Medical and sanitary report of the native army of Bengal for the year
Year: 1876
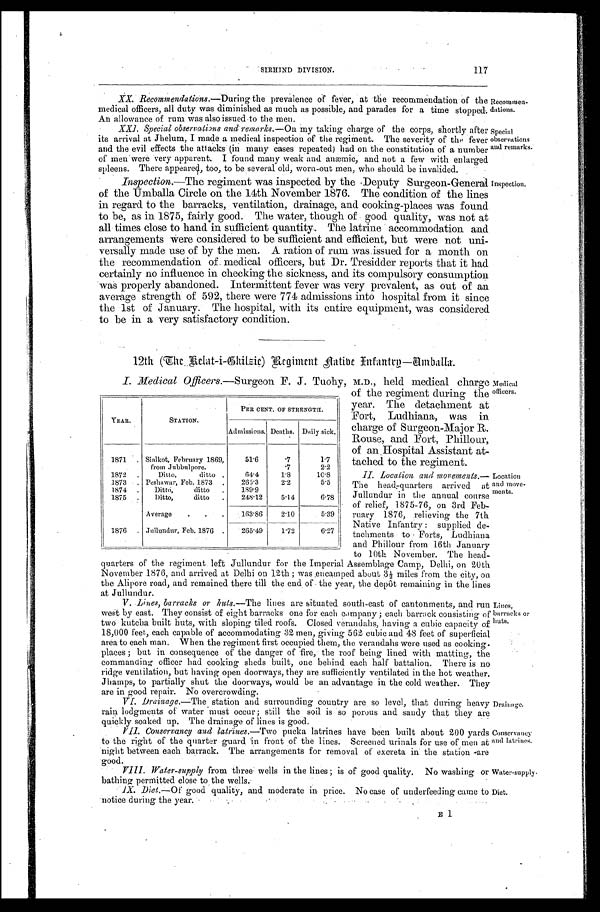
Recommen-
dations.
Special
observations
andremarks.
Inspection.
Medical
officers.
Location
and move
-ments.
Lines,
barracks or
huts.
Drainage.
Conservancy
and latrines.
Water-supply.
Diet.
SIRHIND DIVISION.
117
XX. Recommendations.— During the prevalence of fever, at the recommendation of the
m e d i c a l o f f i c e r s , a l l d u t y w a s d i m i n i s h e d a s m u c h a s p o s s i b l e , a n d p a r a d e s f o r a t i m e s t o p p e d .
An allowance of rum was also issued to the men.
XXI. Special observations and remarks.— On my taking charge of the corps, shortly after
its arrival at Jhelum, I made a medical inspection of the regiment. The severity of the fever
and the evil effects the attacks (in many cases repeated) had on the constitution of a number
of men were very apparent. I found many weak and anæmic, and not a few with enlarged
spleens. There appeared, too, to be several old, worn-out men, who should be invalided.
Inspection.—The regiment was inspected by the Deputy Surgeon-General
of the Umballa Circle on the 14th November 1876. The condition of the lines
in regard to the barracks, ventilation, drainage, and cooking-places was found
to be, as in 1875, fairly good. The water, though of good quality, was not at
all times close to hand in sufficient quantity. The latrine accommodation and
arrangements were considered to be sufficient and efficient, but were not uni-
versally made use of by the men. A ration of rum was issued for a month on
the recommendation of medical officers, but Dr. Tresidder reports that it had
certainly no influence in checking the sickness, and its compulsory consumption
was properly abandoned. Intermittent fever was very prevalent, as out of an
average strength of 592, there were 774 admissions into hospital from it since
the 1st of January. The hospital, with its entire equipment, was considered
to be in a very satisfactory condition.
12th (The Kelat-i-Chilzie) Regiment Native Infantry—Umballa.
I. Medical Officers.—Surgeon F. J. Tuohy, M.D., held medical charge
of the regiment during the
year. The detachment at
Fort, Ludhiana, was in
charge of Surgeon-Major R.
Rouse, and Fort, Phillour,
of an Hospital Assistant at
-
tached to the regiment.
II. Location and movements.
— T h e h e a d - q u a r t e r s a r r i v e d a t
Jullundur in the annual course
of relief, 1875-76, on 3rd Feb
-
ruary 1876, relieving the 7th
Native Infantry: supplied de
-
tachments to Forts, Ludhiana
and Phillour from 16th January
to 10th November. The head-
quarters of the regiment left Jullundur for the Imperial Assemblage Camp, Delhi, on 20th
November 1876, and arrived at Delhi on 12th; was encamped about 3½ miles from the city, o
n t he Al i por e r oad, and r emai ned t her e t i l l t he end of t he year , t he depôt r emai ni ng i n t he l i ne
s a t J u l l u n d u r .
V . L i n e s b a r r a c k s o r h u t s .—
T h e l i n e s a r e s i t u a t e d s o u t h - e a s t o f c a n t o n m e n t s , a n d r u n
west by east. They consist of eight barracks one for each company; each barrack consisting of
two kutcha built huts, with sloping tiled roofs. Closed verandahs, having a cubic capacity of
18,000 feet, each capable of accommodating 32 men, giving 562 cubic and 48 feet of superficial
area to each man. When the regiment first occupied them, the verandahs were used as cooking
places; but in consequence of the danger of fire, the roof being lined with matting, the
commanding officer had cooking sheds built, one behind each half battalion. There is no
ridge ventilation, but having open doorways, they are sufficiently ventilated in the hot weather
Jhamps, to partially shut the doorways, would be an advantage in the cold weather. They
are in good repair. No overcrowding.
V I . D r a i n a g e .
— T h e s t a t i o n a n d s u r r o u n d i n g c o u n t r y a r e s o l e v e l , t h a t d u r i n g h e a v y
rain lodgments of water must occur; still the soil is so porous and sandy that they are
quickly soaked up. The drainage of lines is good.
VII. Conservancy and latrines.— T w o p u c k a l a t r i n e s h a v e b e e n b u i l t a b o u t 2 0 0 y a r d s
to the right of the quarter guard in front of the lines. Screened urinals for use of men at
night between each barrack. The arrangements for removal of excreta in the station are
good.
VIII. Water-supply from thr ee wells in the lines; is of good quality. No washing or
bathing permitted close to the wells.
IX. Diet.—Of good quality, and moderate in price. No case of underfeeding came to
notice during the year.
E1
YEAR.
STATION.
PER CENT. OF STRENGTH.
Admissions. Deaths. Daily sick.
1871
Sialkot, February 1869,
from Jubbulpore.
51.6
. 7
. 7 1.7
2 . 2
1872
Ditto, ditto
64.4
1.8
10.8
1873
Peshawar, Feb. 1873
265.3
2.2
5.5
1874
Ditto, ditto
189.9
1875
Ditto, ditto
248.12
5.14
6.78
Average
163.86
2.10
5.39
1876
Jullundur, Feb. 1876
265.49
1.72
6.27